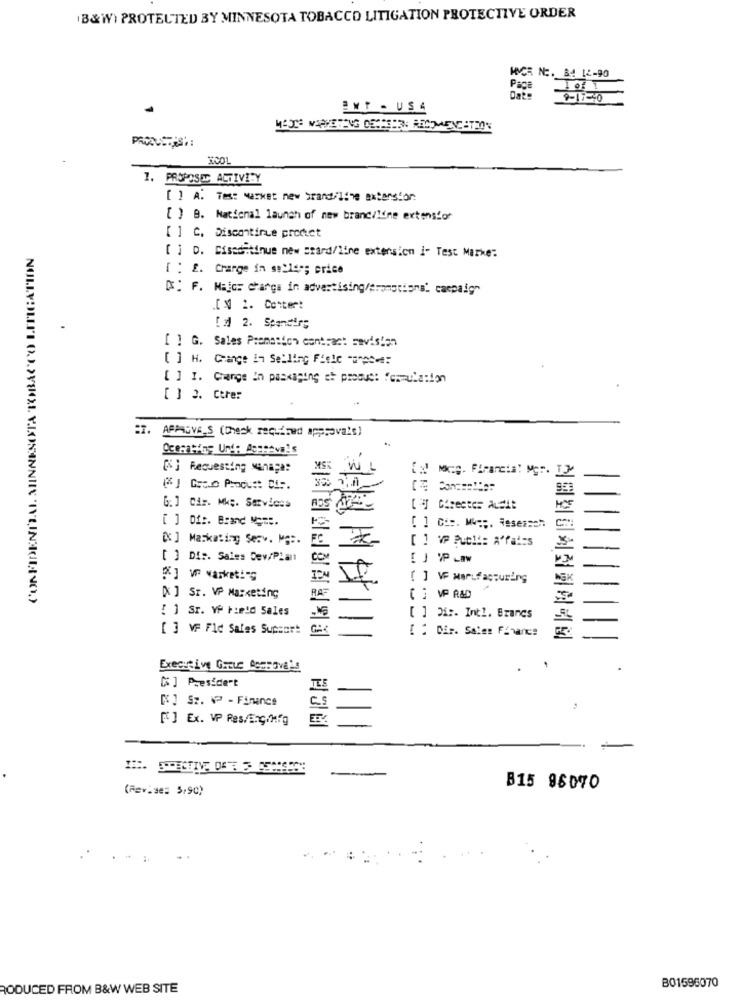
(B&W) PROTECTED BY MINNESOTA TOBACCO LITIGATION PROTECTIVE ORDER
HCR NE. B4 12-90
Page
INT - US4
KOOL
1. PROPOSED ACTIVITY
[ ] A. Tes: werket new brand/line extension
[ ] B. Nacional launch of new brand/Iene extension
[ ] C. Discontinue product
[ ] D. Ciseditinue new stard/line extension ]- Test Marke:
[ : £. Charge in sollys; price
": F. Major charge in advertising/Promotions' campaig"
.[ N 2. Conter:
[d 2. Spandirg
[ ] G. Sales Premetton contract savision
[ ] H. Change In Selling Fisio "s"A:
[ ] I. Change In passaging et proout: formulation
[ ] 3. Ctrer
APPROVALS (Check required approvals)
[] Requesting Manaça:
[] Meg. Financial Mgr. 13
G: ] Car. Mk ;. Services
[ ] Dí :. Brand Mo =:.
[ ] Gis. Mu =;. Heseason
[X ] Marketing Serv. Mg :.
[ ] VP Publi: A'faits
[ ] Dir. Sales Dev/Plan
COM
[ ] VE MarLfacturing
[x ] Sr. VP Marketing
RA
[ ] VP R&D
[ ] Sr. Ve Field Sales
[ ] Di :. Intl. Brancs
[ ] VF Fld Sales Supsor!
[ : Dir. Sales Finance
Executive Grouc Approve's
[S ] President
[] Sz. P - Finance
[] Ex. VP Res/Eng/hfg
三
--
(Fev.se= 5,90)
B15 96070
B01596070
RODUCED FROM B&W WEB SITE